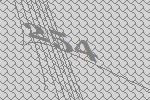
254